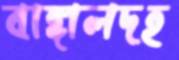
বাঙ্গালদহ